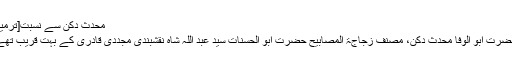
محدث دکن سے نسبت[ترمیم]
حضرت ابو الوفا محدث دکن، مصنف زجاجۃ المصابیح حضرت ابو الحسنات سید عبد اللہ شاہ نقشبندی مجددی قادری کے بہت قریب تھے۔